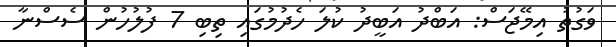
ވަގުތު އިމޭޖަސް: އަބްދު އަބީދު ކުލަ ހެދުމުގައި ތިބި 7 ފުލުހުން ސެސްނާ